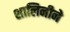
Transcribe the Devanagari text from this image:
शालिनीने